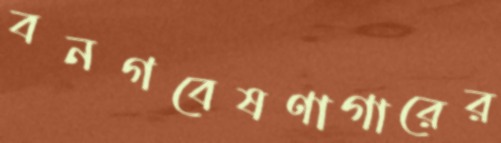
বনগবেষণাগারের